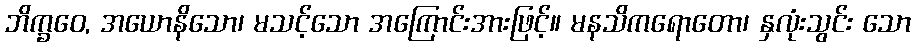
ဘိက္ခဝေ, အယောနိသော၊ မသင့်သော အကြောင်းအားဖြင့်။ မနသိကရောတော၊ နှလုံးသွင်း သော